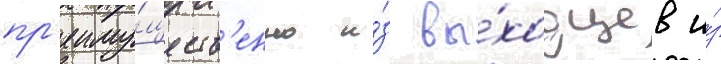
пр'еиму́ществ'енно и́з вы́ходцев и́з